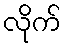
လိုက်